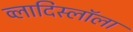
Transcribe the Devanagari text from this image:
व्लादिस्लॉला